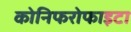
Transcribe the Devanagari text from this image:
कोनिफरोफाइटा